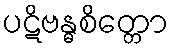
ပဋိဗန္ဓစိတ္တော